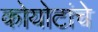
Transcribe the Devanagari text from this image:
कोयोटांचे